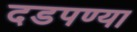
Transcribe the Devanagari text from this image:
दडपण्या